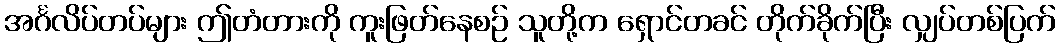
အင်္ဂလိပ်တပ်များ ဤတံတားကို ကူးဖြတ်နေစဉ် သူတို့က ရှောင်တခင် တိုက်ခိုက်ပြီး လျှပ်တစ်ပြက်